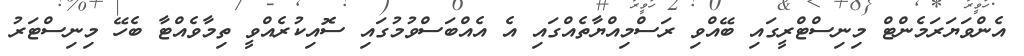
އެންވަޔަރަމެންޓް މިނިސްޓްރީގައި ބޭއްވި ރަސްމިއްޔާތެއްގައި އެ އެއްބަސްވުމުގައި ސޮއިކުރެއްވީ ތިމާވެއްޓާ ބެހޭ މިނިސްޓަރު